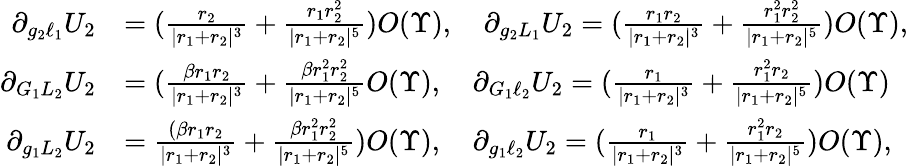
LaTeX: \begin{array}{rl}{\partial_{g_{2}\ell_{1}}U_{2}}&{=(\frac{r_{2}}{|r_{1}+r_{2}|^{3}}+\frac{r_{1}r_{2}^{2}}{|r_{1}+r_{2}|^{5}})O(\Upsilon),\quad\partial_{g_{2}L_{1}}U_{2}=(\frac{r_{1}r_{2}}{|r_{1}+r_{2}|^{3}}+\frac{r_{1}^{2}r_{2}^{2}}{|r_{1}+r_{2}|^{5}})O(\Upsilon),}\\ {\partial_{G_{1}L_{2}}U_{2}}&{=(\frac{\beta r_{1}r_{2}}{|r_{1}+r_{2}|^{3}}+\frac{\beta r_{1}^{2}r_{2}^{2}}{|r_{1}+r_{2}|^{5}}O(\Upsilon),\quad\partial_{G_{1}\ell_{2}}U_{2}=(\frac{r_{1}}{|r_{1}+r_{2}|^{3}}+\frac{r_{1}^{2}r_{2}}{|r_{1}+r_{2}|^{5}})O(\Upsilon)}\\ {\partial_{g_{1}L_{2}}U_{2}}&{=\frac{(\beta r_{1}r_{2}}{|r_{1}+r_{2}|^{3}}+\frac{\beta r_{1}^{2}r_{2}^{2}}{|r_{1}+r_{2}|^{5}})O(\Upsilon),\quad\partial_{g_{1}\ell_{2}}U_{2}=(\frac{r_{1}}{|r_{1}+r_{2}|^{3}}+\frac{r_{1}^{2}r_{2}}{|r_{1}+r_{2}|^{5}})O(\Upsilon),}\end{array}